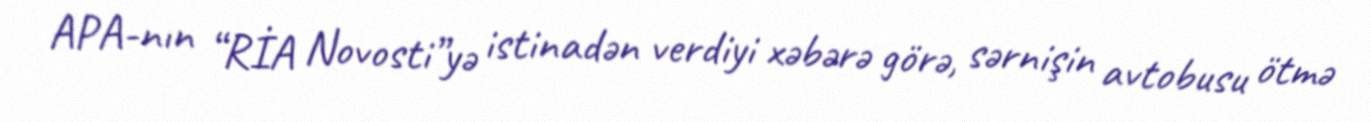
APA-nın “RİA Novosti”yə istinadən verdiyi xəbərə görə, sərnişin avtobusu ötmə